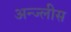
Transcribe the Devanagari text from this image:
अन्ज्लीस